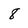
Character: 8